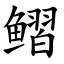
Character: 鳛